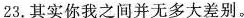
23.其实你我之间并无多大差别。